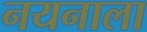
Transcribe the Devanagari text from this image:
नयनाला